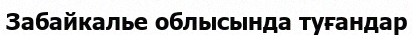
Забайкалье облысында туғандар